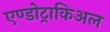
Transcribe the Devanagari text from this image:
एण्डोट्राकिअल